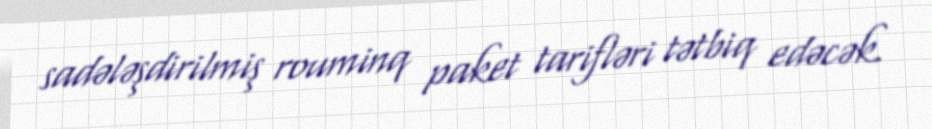
sadələşdirilmiş rouminq paket tarifləri tətbiq edəcək.